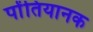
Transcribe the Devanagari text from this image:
पोंतियानक